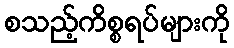
စသည့်ကိစ္စရပ်များကို